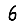
Digit: 6